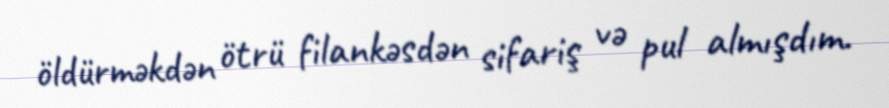
öldürməkdən ötrü filankəsdən sifariş və pul almışdım.